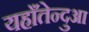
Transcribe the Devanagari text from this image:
यहाँतेन्दुआ